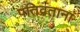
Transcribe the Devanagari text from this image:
पतिव्रतानां